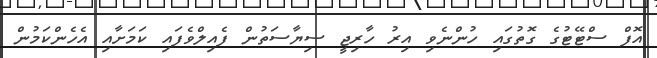
އޮފް ސްޓޭޓުގެ ގޮތުގައި ހުންނެވި އިރު ހާރިޖީ ސިޔާސަތުން ފެއިލްވެފައި ކަމަށާއި އެހެންކަމުން